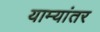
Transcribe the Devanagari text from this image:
याम्यांतर